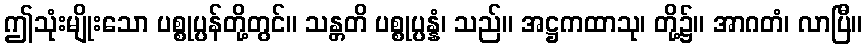
ဤသုံးမျိုးသော ပစ္စုပ္ပန်တို့တွင်။ သန္တတိ ပစ္စုပ္ပန္နံ၊ သည်။ အဋ္ဌကထာသု၊ တို့၌။ အာဂတံ၊ လာပြီ။